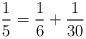
LaTeX: \begin{align*}\frac{1}{ 5} = \frac{1}{6 } + \frac{1}{30 } \end{align*}